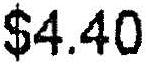
$4.40